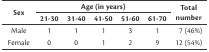
<table><thead><tr><td rowspan="2"><b>Sex</b></td><td colspan="5"><b>Age (in years)</b></td><td rowspan="2"><b>Total number</b></td></tr><tr><td><b>21-30</b></td><td><b>31-40</b></td><td><b>41-50</b></td><td><b>51-60</b></td><td><b>61-70</b></td></tr></thead><tbody><tr><td>Male</td><td>1</td><td>1</td><td>1</td><td>3</td><td>1</td><td>7 (46%)</td></tr><tr><td>Female</td><td>0</td><td>0</td><td>1</td><td>2</td><td>9</td><td>12 (54%)</td></tr></tbody></table>